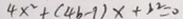
4 x ^ { 2 } + ( 4 b - 9 ) x + b ^ { 2 } = 0